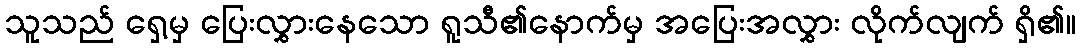
သူသည် ရှေ့မှ ပြေးလွှားနေသော ရူသီ၏နောက်မှ အပြေးအလွှား လိုက်လျက် ရှိ၏။